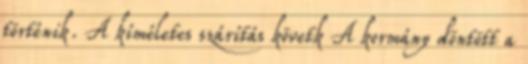
történik. A kíméletes szárítás követk A kormány döntött a